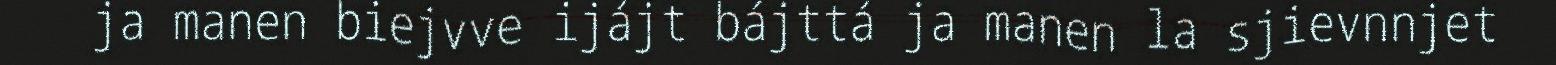
ja manen biejvve ijájt bájttá ja manen la sjievnnjet